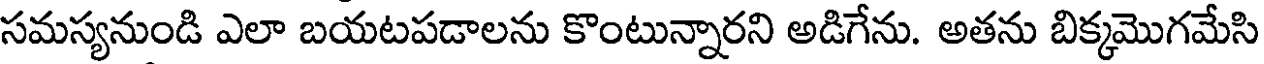
సమస్యనుండి ఎలా బయటపడాలను కొంటున్నారని అడిగేను. అతను బిక్కమొగమేసి